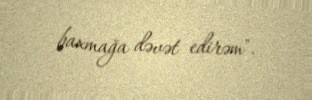
baxmağa dəvət edirəm".